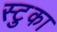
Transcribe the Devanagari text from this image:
स्टुका